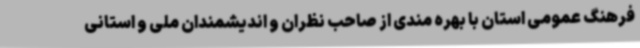
فرهنگ عمومی استان با بهره مندی از صاحب نظران و اندیشمندان ملی و استانی